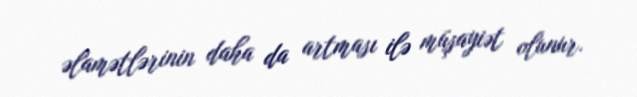
əlamətlərinin daha da artması ilə müşayiət olunur.